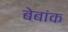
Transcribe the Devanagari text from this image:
बेबांक